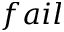
f a i l